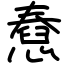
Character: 憃